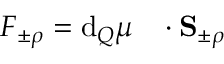
F _ { \pm \rho } = \mathrm { d } _ { Q } \boldsymbol { \mu } ^ { \mathrm { ~ \, ~ } } \cdot \mathbf { S } _ { \pm \rho }